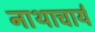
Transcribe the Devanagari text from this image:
नाथाचार्य